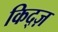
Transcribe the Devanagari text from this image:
किद्ज़